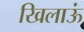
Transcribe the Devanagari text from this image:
खिलाऊं